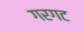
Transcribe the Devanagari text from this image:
गरगट